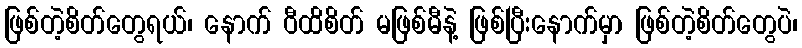
ဖြစ်တဲ့စိတ်တွေရယ်၊ နောက် ဝီထိစိတ် မဖြစ်မီနဲ့ ဖြစ်ပြီးနောက်မှာ ဖြစ်တဲ့စိတ်တွေပဲ၊